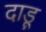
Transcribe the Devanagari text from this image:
दाडू